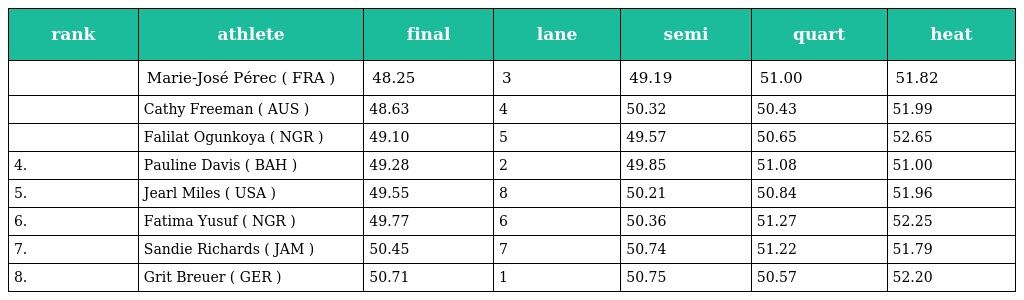
| rank | athlete | final | lane | semi | quart | heat |
 | --- | --- | --- | --- | --- | --- | --- |
 |  | Marie-José Pérec ( FRA ) | 48.25 | 3 | 49.19 | 51.00 | 51.82 |
 |  | Cathy Freeman ( AUS ) | 48.63 | 4 | 50.32 | 50.43 | 51.99 |
 |  | Falilat Ogunkoya ( NGR ) | 49.10 | 5 | 49.57 | 50.65 | 52.65 |
 | 4. | Pauline Davis ( BAH ) | 49.28 | 2 | 49.85 | 51.08 | 51.00 |
 | 5. | Jearl Miles ( USA ) | 49.55 | 8 | 50.21 | 50.84 | 51.96 |
 | 6. | Fatima Yusuf ( NGR ) | 49.77 | 6 | 50.36 | 51.27 | 52.25 |
 | 7. | Sandie Richards ( JAM ) | 50.45 | 7 | 50.74 | 51.22 | 51.79 |
 | 8. | Grit Breuer ( GER ) | 50.71 | 1 | 50.75 | 50.57 | 52.20 |